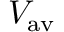
V _ { \mathrm { a v } }